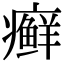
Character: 癣